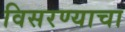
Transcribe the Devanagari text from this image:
विसरण्याचा